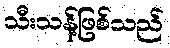
သီးသန့်ဖြစ်သည်